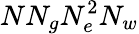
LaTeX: NN_{g}N_{e}^{2}N_{w}